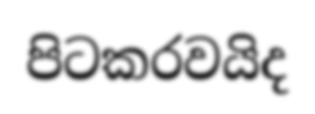
පිටකරවයිද